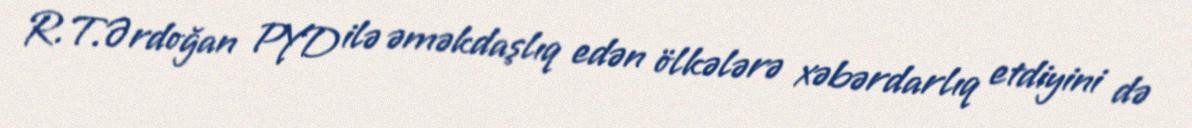
R.T.Ərdoğan PYD ilə əməkdaşlıq edən ölkələrə xəbərdarlıq etdiyini də